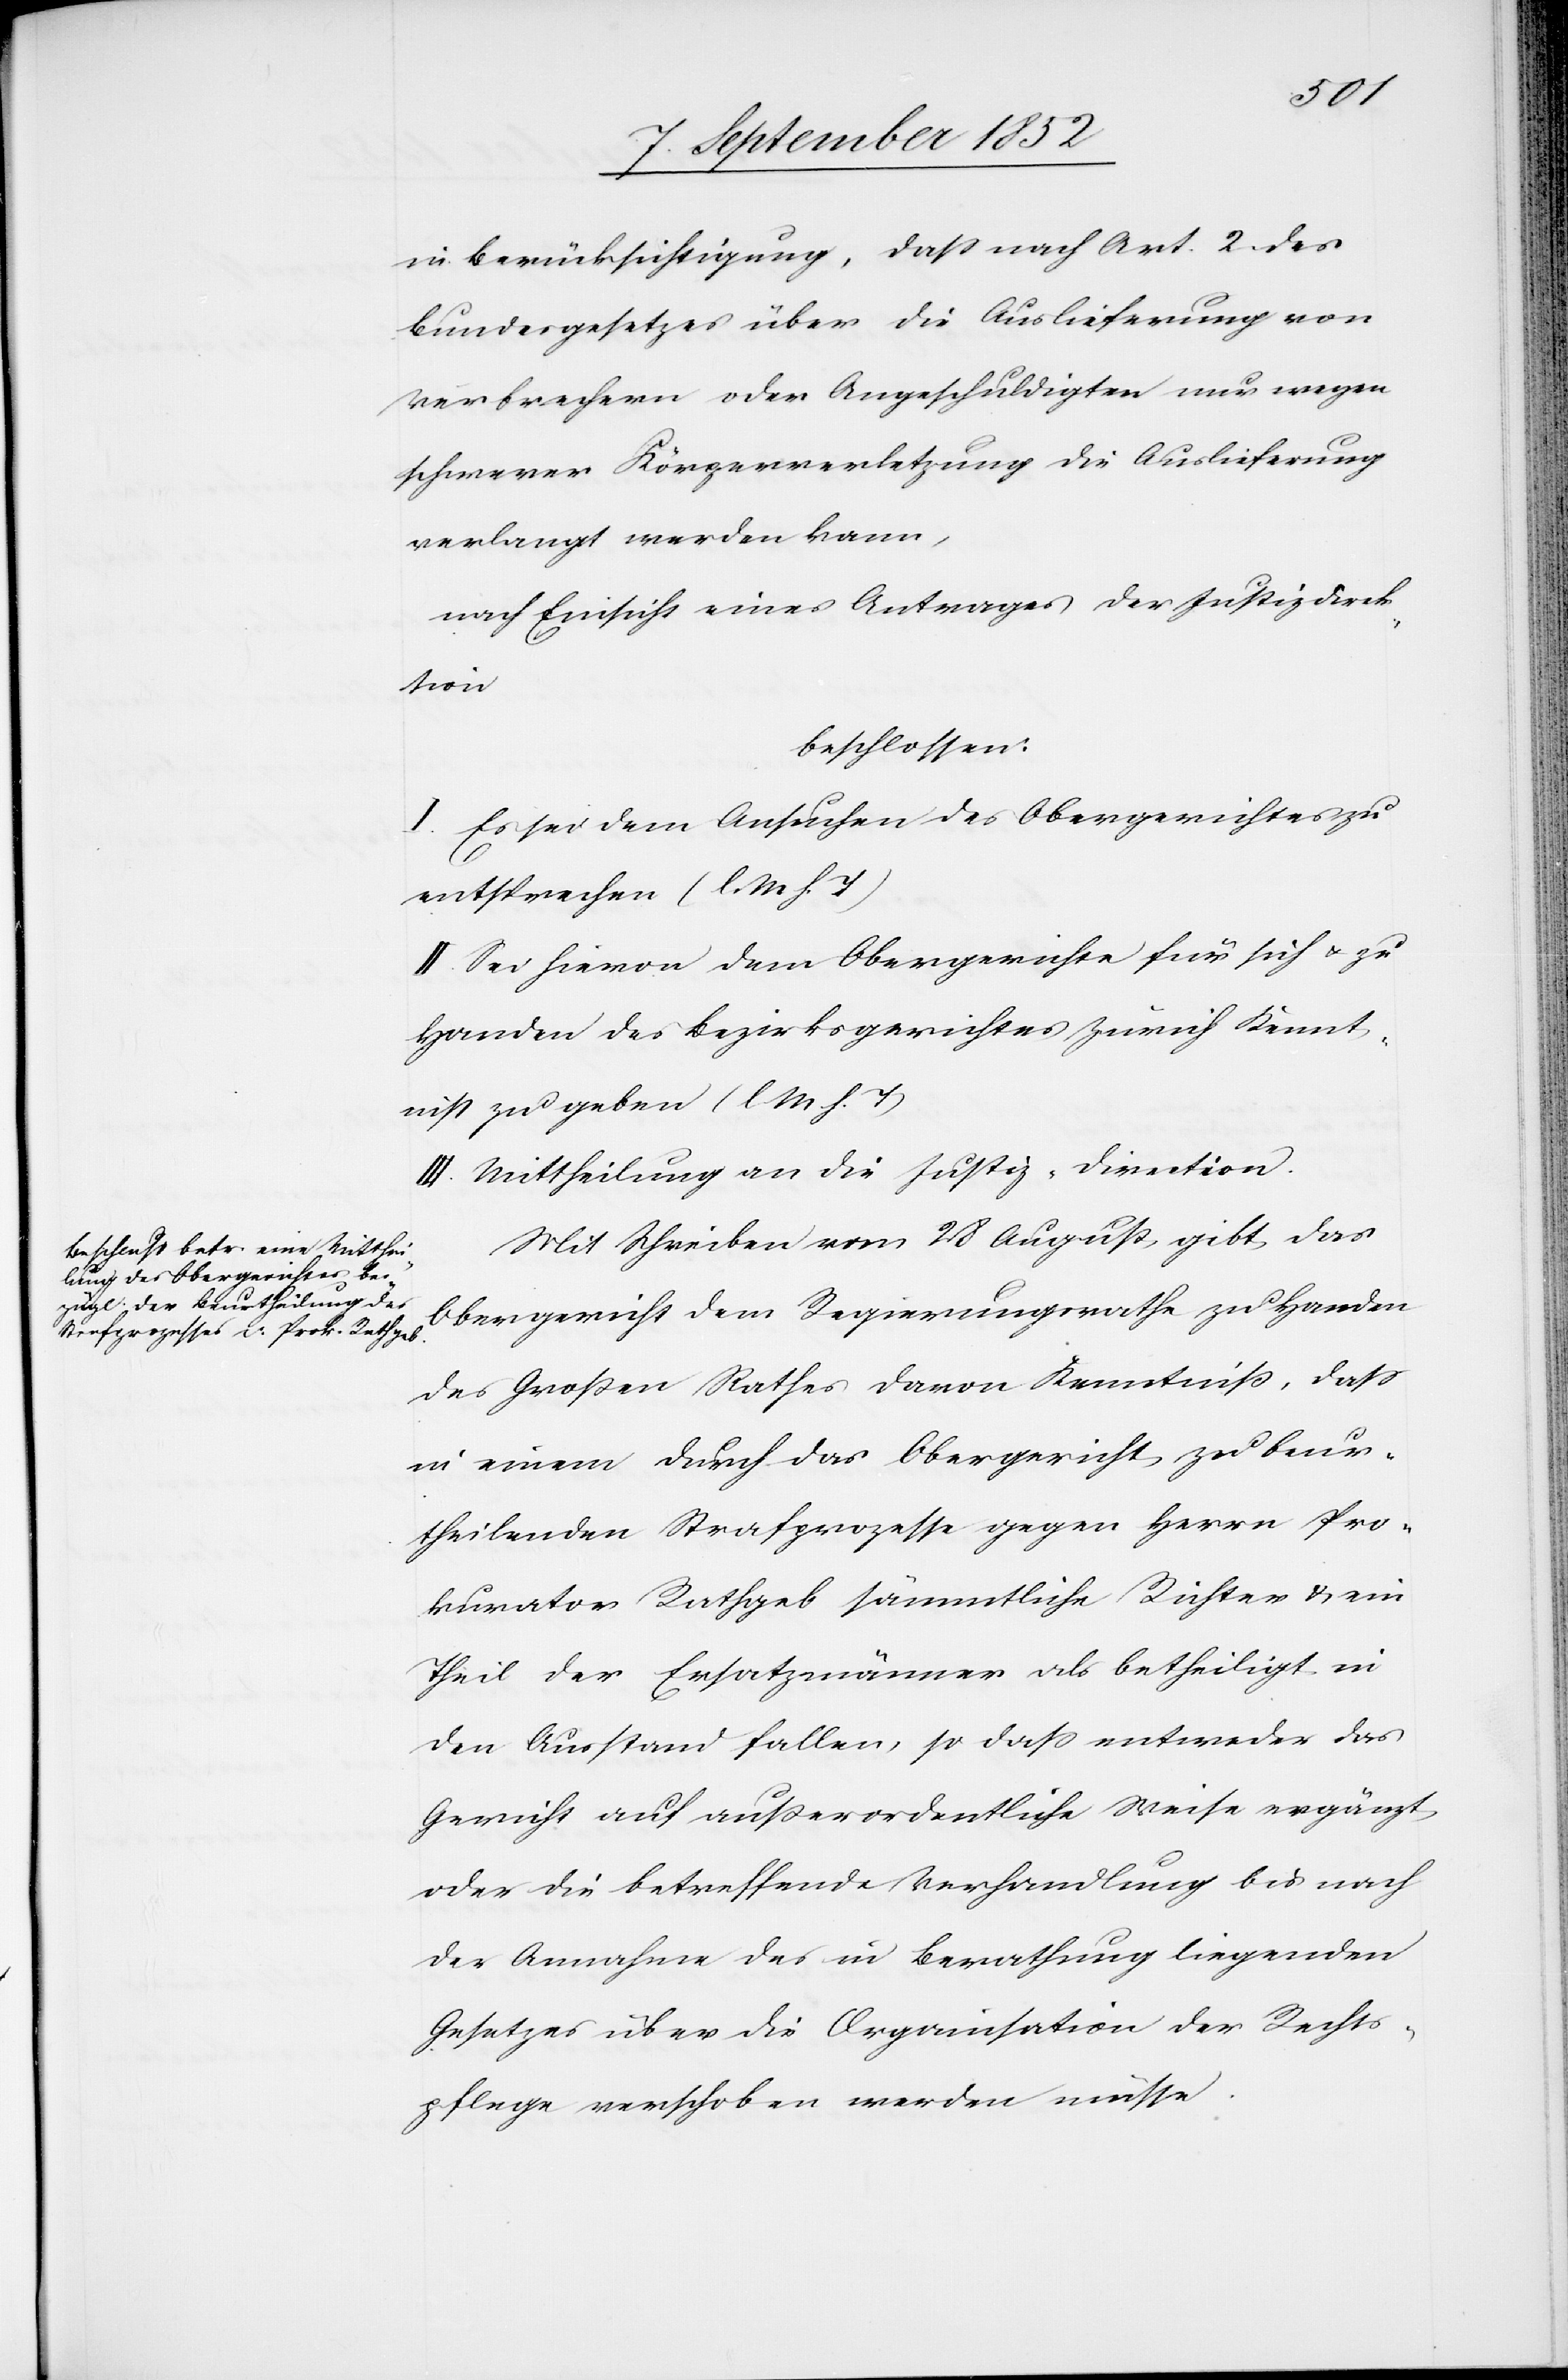
in Berücksichtigung, dass nach Art. 2 des
Bundesgesetzes über die Auslieferung von
Verbrechern oder Angeschuldigten nur wegen
schwerer Körperverletzung die Auslieferung
verlangt werden kann,
nach Einsicht eines Antrages der Justizdirek¬
tion
beschlossen:
I. Es sei dem Ansuchen des Obergerichtes zu
entsprechen (l. M h. T)
II. Sei hievon dem Obergerichte für sich & zu
Handen des Bezirksgerichtes Zürich Kennt¬
niss zu geben (l M. h. T)
III. Mittheilung an die Justiz-Direction.
Mit Schreiben vom 28 August gibt das
Obergericht dem Regierungsrathe zu Handen
des Großen Rathes davon Kenntniß, dass
in einem durch das Obergericht zu beur¬
theilenden Strafprozesse gegen Herrn Pro¬
kurator Rathgeb sämmtliche Richter & ein
Theil der Ersatzmänner als betheiligt in
den Ausstand fallen, so dass entweder das
Gericht auf außerordentliche Weise ergänzt
oder die betreffende Verhandlung bis nach
der Annahme des in Berathung liegenden
Gesetzes über die Organisation der Rechts¬
pflege verschoben werden müsse.